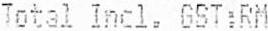
TOTAL INCL. GST:RM